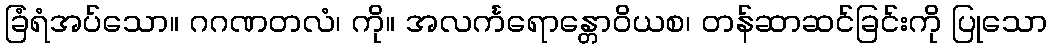
ခြံရံအပ်သော။ ဂဂဏတလံ၊ ကို။ အလင်္ကရောန္တောဝိယစ၊ တန်ဆာဆင်ခြင်းကို ပြုသော